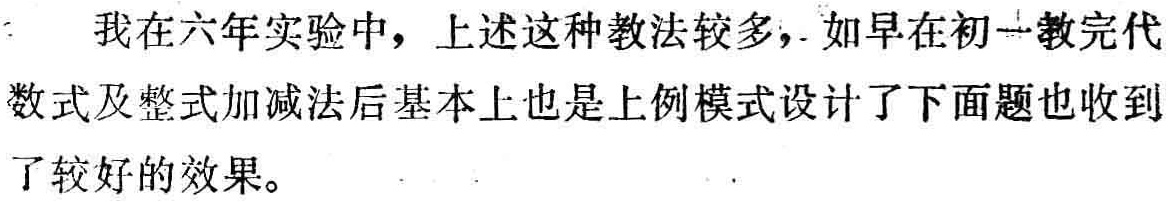
我在六年实验中，上述这种教法较多，如早在初一教完代数式及整式加减法后基本上也是上例模式设计了下面题也收到了较好的效果。